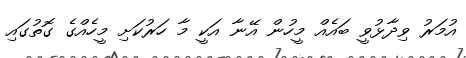
އުމަރު ވިދާޅުވީ ބައެއް މީހުން އޭނާ އަކީ މާ ހަރުކަށި މީހެއްގެ ގޮތުގައި